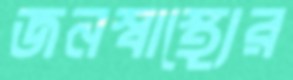
জনস্বাস্থ্যের